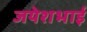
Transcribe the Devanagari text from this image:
जयेशभाई